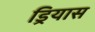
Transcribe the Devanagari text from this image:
ड्रियास